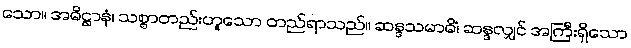
သော။ အဓိဋ္ဌာနံ၊ သစ္စာတည်းဟူသော တည်ရာသည်။ ဆန္ဒသမာဓိံ၊ ဆန္ဒလျှင် အကြီးရှိသော